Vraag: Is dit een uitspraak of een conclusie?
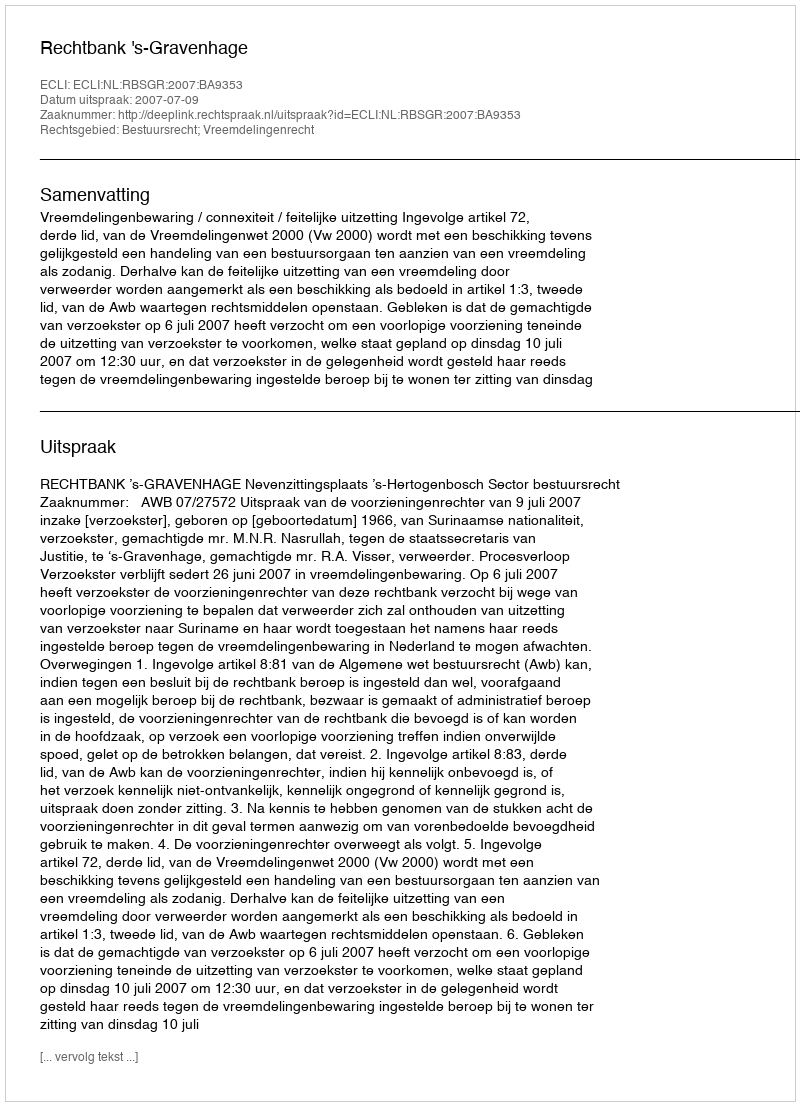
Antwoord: Uitspraak